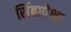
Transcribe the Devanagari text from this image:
सिंहापेक्षा